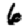
Digit: 6